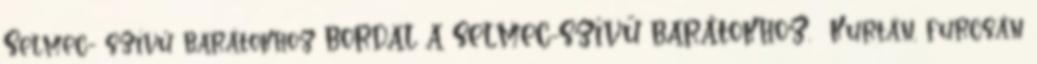
Selmec- szívű barátokhoz BORDAL A SELMEC-SZÍVŰ BARÁTOKHOZ. Kurtán, furcsán